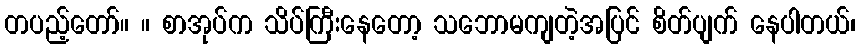
တပည့်တော်။ ။ စာအုပ်က သိပ်ကြီးနေတော့ သဘောမကျတဲ့အပြင် စိတ်ပျက် နေပါတယ်၊